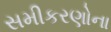
સમીકરણોના